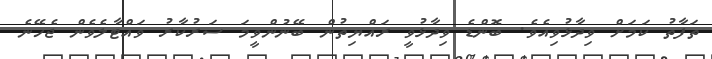
ތަފާތު ކަމަށް ވިދާޅުވިއެވެ. ބޮންޑެ ވިދާޅުވީ ރައްޔިތުން ބޭނުންވީމަ ސަރުކާރު ވައްޓާލެވެން ޖެހޭނެ